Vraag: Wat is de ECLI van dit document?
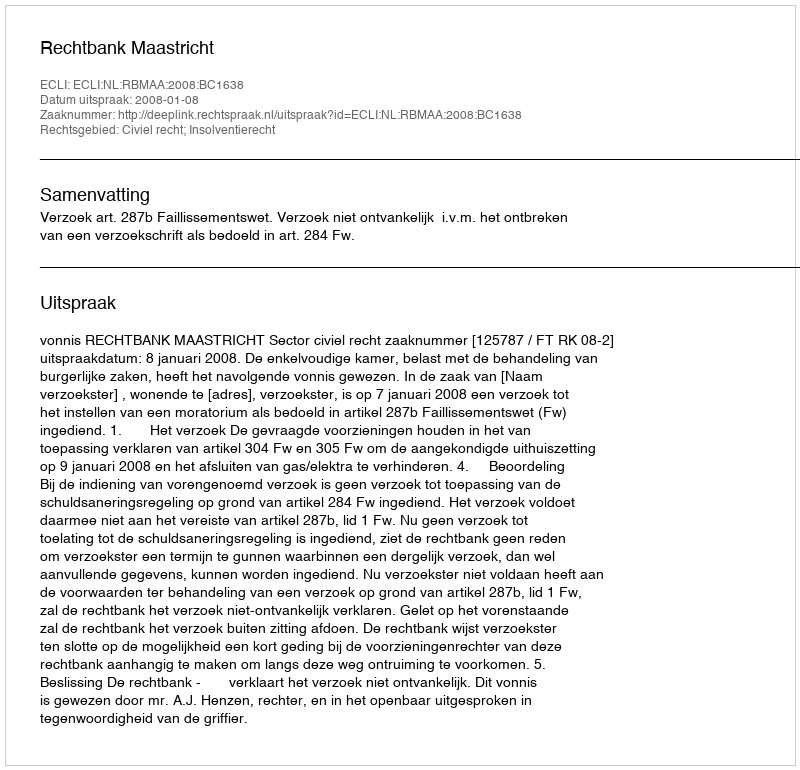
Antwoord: ECLI:NL:RBMAA:2008:BC1638